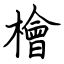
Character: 檜